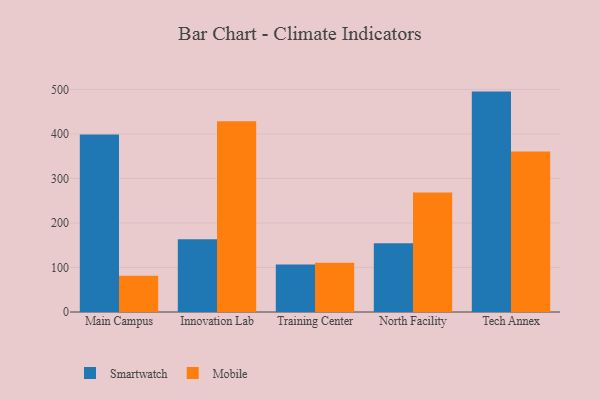
{"axis": {"x": "Campus", "y": "Bounce Rate (%)"}, "legend": ["Mobile", "Smartwatch"], "data": [{"x": "Main Campus", "y": 398.7, "type": "Smartwatch"}, {"x": "Main Campus", "y": 81.5, "type": "Mobile"}, {"x": "Innovation Lab", "y": 163.3, "type": "Smartwatch"}, {"x": "Innovation Lab", "y": 428.7, "type": "Mobile"}, {"x": "Training Center", "y": 106.8, "type": "Smartwatch"}, {"x": "Training Center", "y": 110.7, "type": "Mobile"}, {"x": "North Facility", "y": 154.4, "type": "Smartwatch"}, {"x": "North Facility", "y": 268.5, "type": "Mobile"}, {"x": "Tech Annex", "y": 495.1, "type": "Smartwatch"}, {"x": "Tech Annex", "y": 360.7, "type": "Mobile"}]}